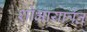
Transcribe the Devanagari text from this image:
शोभायात्रेत